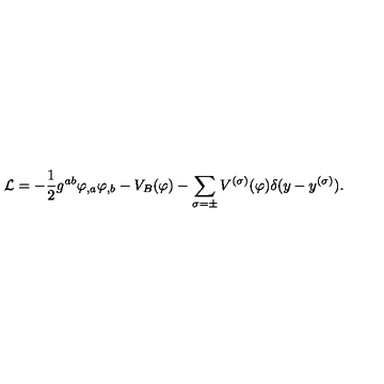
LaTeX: { \cal L } = - { \frac { 1 } { 2 } } g ^ { a b } \varphi _ { , a } \varphi _ { , b } - V _ { B } ( \varphi ) - \sum _ { \sigma = \pm } V ^ { ( \sigma ) } ( \varphi ) \delta ( y - y ^ { ( \sigma ) } ) .